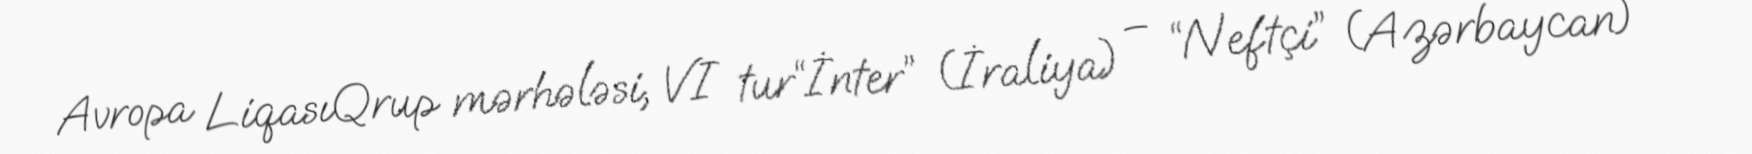
Avropa LiqasıQrup mərhələsi, VI tur“İnter” (İraliya) – “Neftçi” (Azərbaycan) -